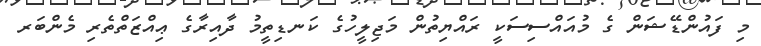
މި ފައުންޑޭޝަން ގެ މުއައްސިސަކީ ރައްޔިތުން މަޖިލީހުގެ ކަނޑިތީމު ދާއިރާގެ ޢިއްޒަތްތެރި މެންބަރ